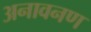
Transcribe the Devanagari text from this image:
अनावनण